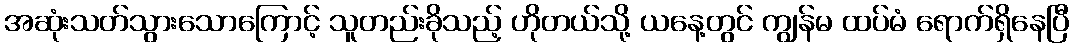
အဆုံးသတ်သွားသောကြောင့် သူတည်းခိုသည့် ဟိုတယ်သို့ ယနေ့တွင် ကျွန်မ ထပ်မံ ရောက်ရှိနေပြီ